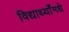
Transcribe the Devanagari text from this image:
विद्यार्थ्याँमधे